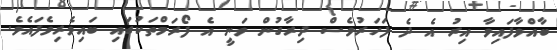
ބާއްވާފައިވާ އިރު އެ ދެ ފަހަރުވެސް ދިރާގުން ވަނީ އެ ފޯރަމްތަކުގައި ބައިވެރިވެފައެވެ.